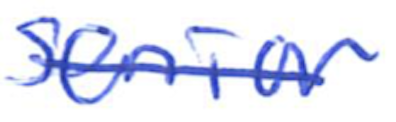
Text: senior
Cross-out: single-line
Writing tool: ballpoint